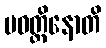
ပဝတ္တိနောတိ